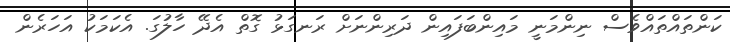
ކަންތައްތައްވެސް ނިންމަނީ މައިންބަފައިން ދަރިންނަށް ރަނގަޅު ގޮތް އެދޭ ހާލުގަ. އެކަމަކު އަހަރެން